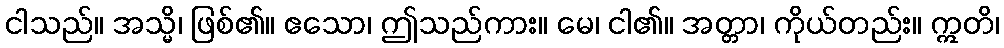
ငါသည်။ အသ္မိ၊ ဖြစ်၏။ ဧသော၊ ဤသည်ကား။ မေ၊ ငါ၏။ အတ္တာ၊ ကိုယ်တည်း။ ဣတိ၊